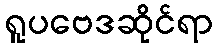
ရူပဗေဒဆိုင်ရာ